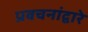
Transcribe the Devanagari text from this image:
प्रवचनांद्वारे